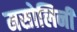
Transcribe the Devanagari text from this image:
मसोलिनी